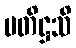
ပတိဋ္ဌသိ